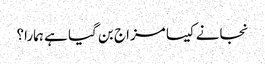
نجانے کیسا مزاج بن گیا ہے ہمارا؟